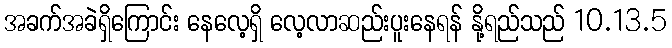
အခက်အခဲရှိကြောင်း နေလေ့ရှိ လေ့လာဆည်းပူးနေရန် နို့ရည်သည် 10.13.5